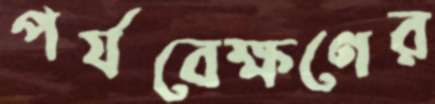
পর্যবেক্ষণের